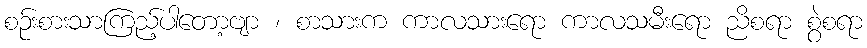
စဉ်းစားသာကြည့်ပါတော့ဗျာ ၊ စာသားက ကာလသားရော ကာလသမီးရော ညိစရာ စွဲစရာ